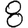
Digit: 8